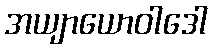
အယျာယောဝါဒေါ